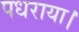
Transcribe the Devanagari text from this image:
पधराया।